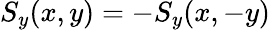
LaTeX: S_{y}(x,y)=-S_{y}(x,-y)